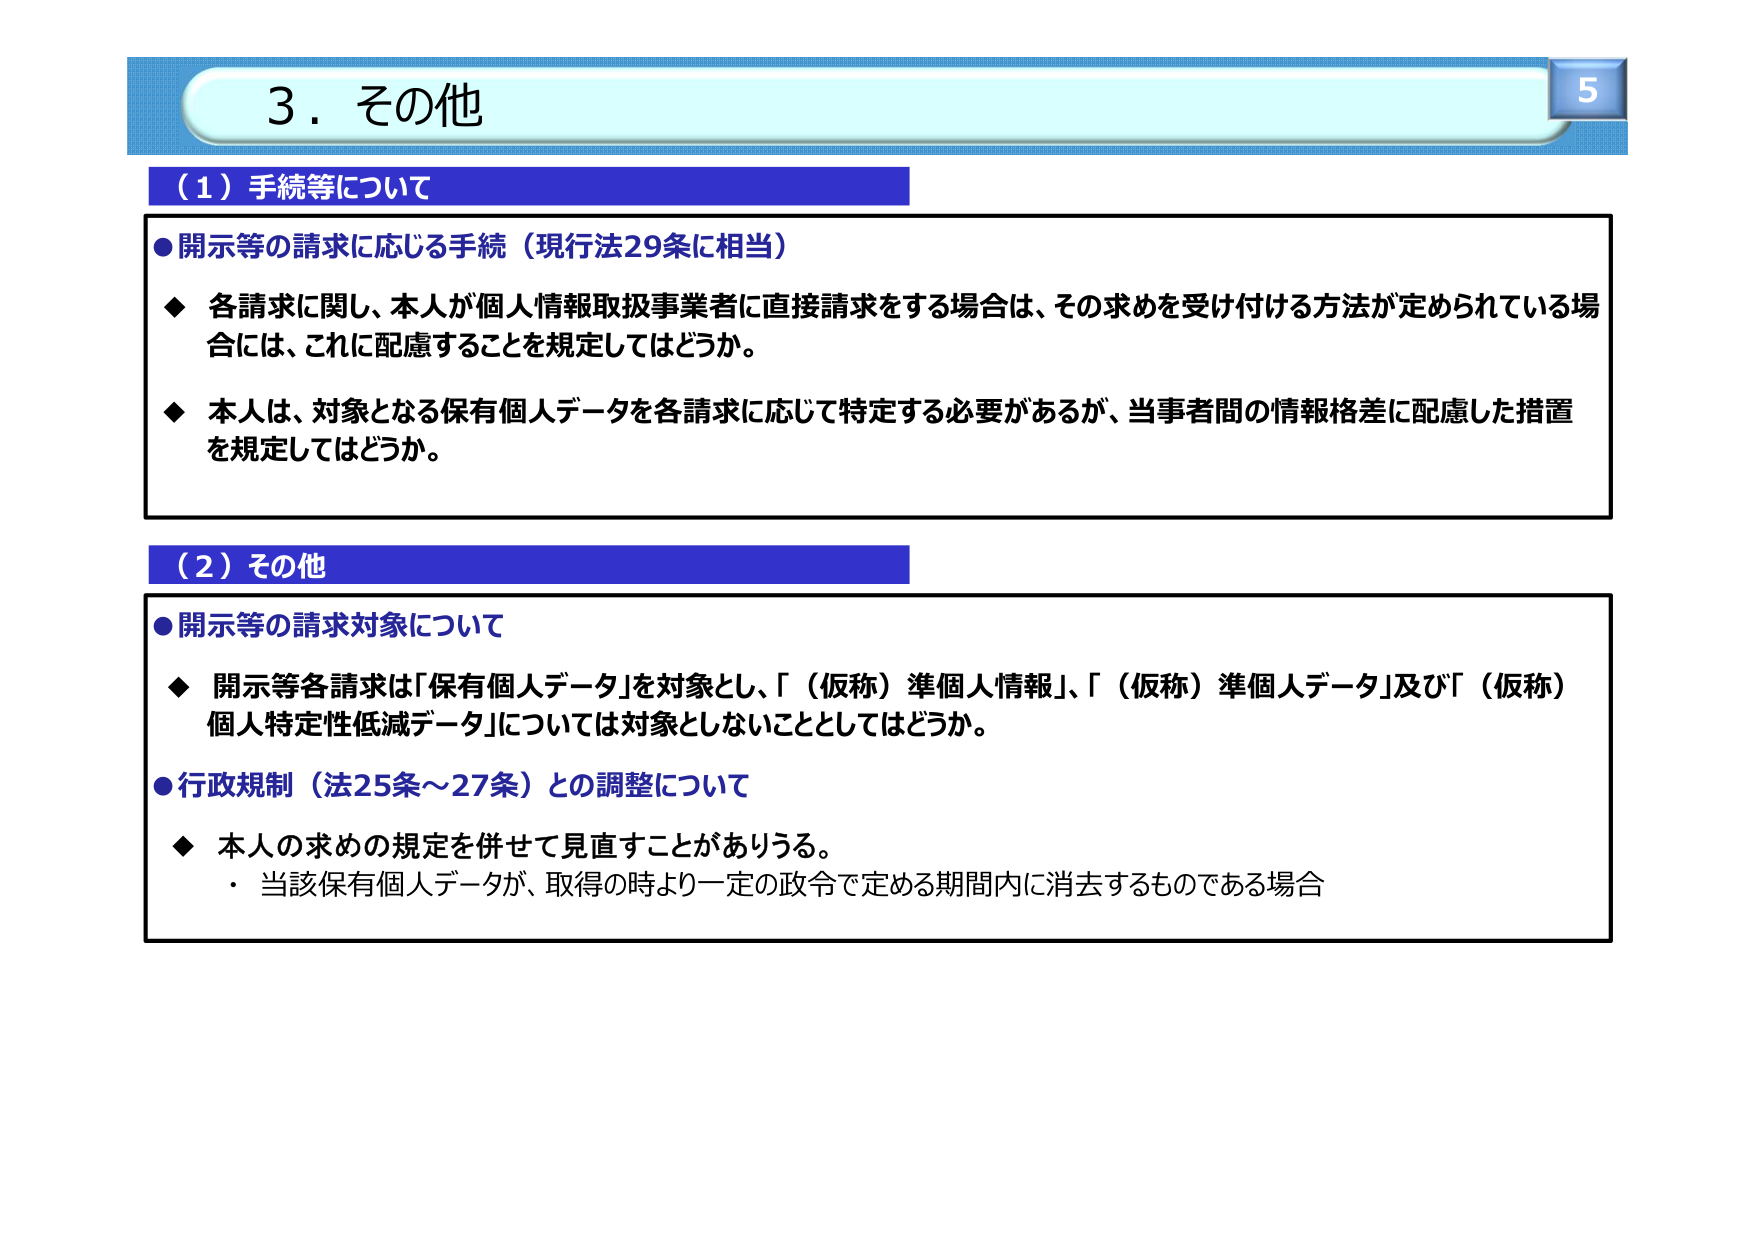
3．その他

（1）手続等について

●開示等の請求に応じる手続（現行法29条に相当）
◆ 各請求に関し、本人が個人情報取扱事業者に直接請求をする場合は、その求めを受け付ける方法が定められている場合には、これに配慮することを規定してはどうか。
◆ 本人は、対象となる保有個人データを各請求に応じて特定する必要があるが、当事者間の情報格差に配慮した措置を規定してはどうか。

（2）その他

●開示等の請求対象について
◆ 開示等各請求は「保有個人データ」を対象とし、「（仮称）準個人情報」、「（仮称）準個人データ」及び「（仮称）個人特定性低減データ」については対象としないこととしてはどうか。

●行政規制（法25条～27条）との調整について
◆ 本人の求めの規定を併せて見直すことがありうる。
・ 当該保有個人データが、取得の時より一定の政令で定める期間内に消去するものである場合